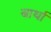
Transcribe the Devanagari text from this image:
बार्था